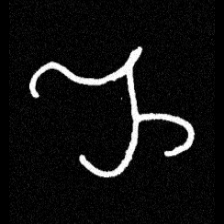
Pyu character \u2014 Myanmar letter: ည (romanized: nya)